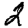
Digit: 2